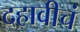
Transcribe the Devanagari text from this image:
दहावीचं